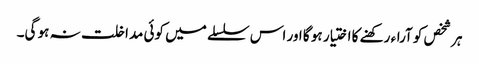
ہر شخص کو آراء رکھنے کا اختیار ہو گا اور اس سلسلے میں کوئی مداخلت نہ ہو گی۔